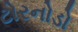
ટોરનોડો